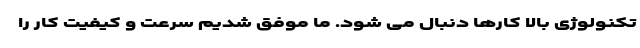
تکنولوژی بالا کارها دنبال می شود. ما موفق شدیم سرعت و کیفیت کار را